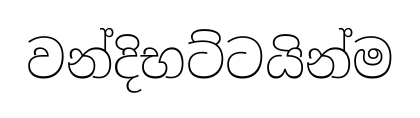
වන්දිභට්ටයින්ම